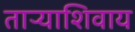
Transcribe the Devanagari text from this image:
ताऱ्याशिवाय